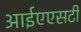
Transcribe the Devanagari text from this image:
आईएएसटी